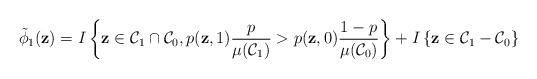
LaTeX: \begin{align*}\tilde{\phi}_{1}(\textbf{z})= I \left\lbrace \textbf{z} \in \mathcal{C}_{1} \cap \mathcal{C}_{0}, p(\textbf{z},1) \dfrac{p}{\mu{(\mathcal{C}_{1})}} > p(\textbf{z},0) \dfrac{1-p}{\mu{(\mathcal{C}_{0})}} \right\rbrace + I \left\lbrace \textbf{z} \in \mathcal{C}_{1} - \mathcal{C}_{0} \right\rbrace\end{align*}